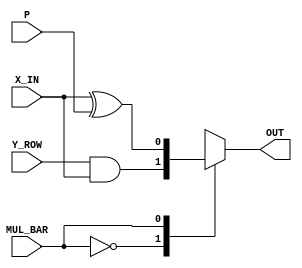
module MUX(
    input  wire Y_ROW,
    input  wire X_IN,
    input  wire P,
    input  wire MUL_BAR,
    output reg  OUT
);

localparam MUL = 0,
           DIV = 1;

always @(*) begin
    case(MUL_BAR)
        MUL: OUT = Y_ROW & X_IN;
        DIV: OUT = X_IN  ^ P   ; 
    endcase
end

endmodule